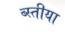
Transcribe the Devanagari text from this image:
ब्स्तीया